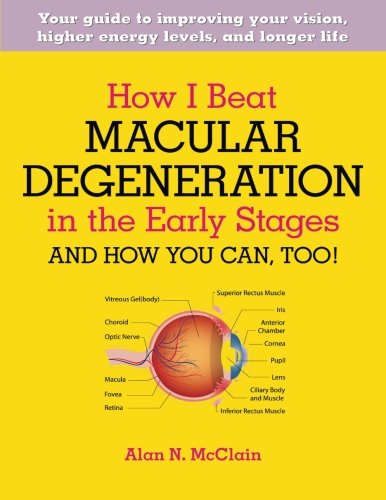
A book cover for How I Beat Macular Degeneration in the Early Stages and How You Can, Too!; Alan N McClain; Health, Fitness & Dieting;